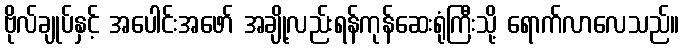
ဗိုလ်ချုပ်နှင့် အပေါင်းအဖော် အချို့လည်းရန်ကုန်ဆေးရုံကြီးသို့ ရောက်လာလေသည်။